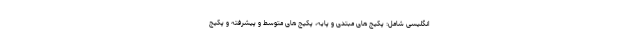
انگلیسی شامل: پکیج های مبتدی و پایه، پکیج های متوسط و پیشرفته و پکیج